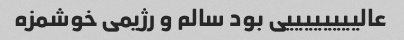
عالییییییییی بود سالم و رژیمی خوشمزه